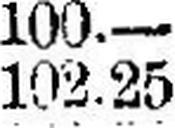
102.25